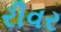
રીવર